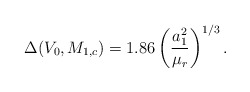
\begin{align*}\Delta ( V_0 , M_{1,c} ) = 1.86 \left ( {{a_1^2} \over {\mu_r}} \right ) ^{1/3}.\end{align*}